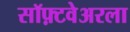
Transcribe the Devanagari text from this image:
सॉफ़्टवेअरला